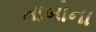
તાબોના